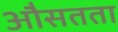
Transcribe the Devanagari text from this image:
औसतता